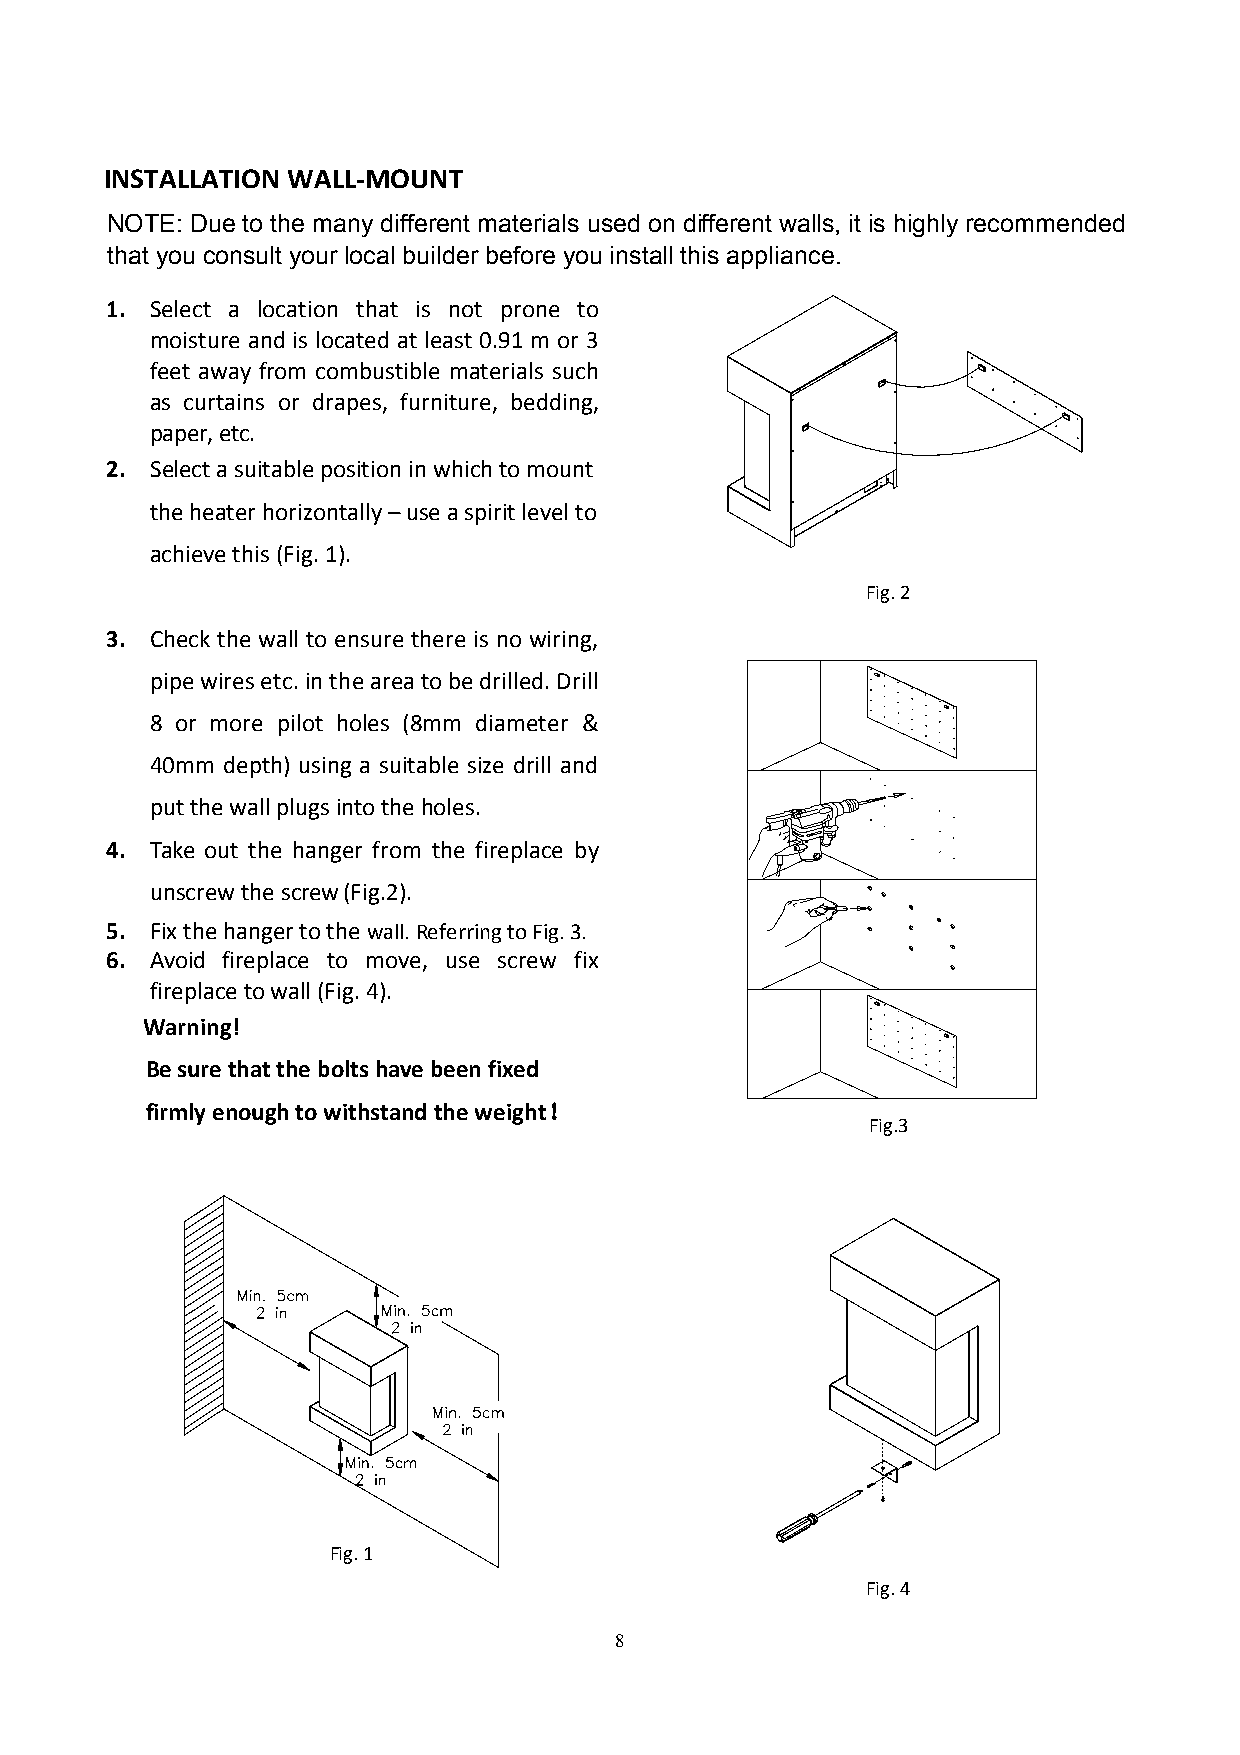
INSTALLATION WALL-MMOOUUNNTT
 NNNOOOTTTEEE::: DDDuuueee tttooo ttthhheee mmmaaannnyyy dddiiiffffffeeerrreeennnttt mmmaaattteeerrriiiaaalllsss uuussseeeddd ooonnn dddiiiffffffeeerrreeennnttt wwwaaallllllsss,,, iiittt iiisss hhhiiiggghhhlllyyy rrreeecccooommmmmmeeennndddeeeddd
 tthhaatt yyoouu ccoonnssuulltt yyoouurr llooccaall bbuuiillddeerr bbeeffoorree yyoouu iinnssttaallll tthhiiss aapppplliiaannccee..
 1. SSeelleecctt aa llooccaattiioonn tthhaatt iiss nnoott pprroonnee ttoo
 mmooiissttuurree aanndd iiss llooccaatteedd aatt lleeaasstt 00..9911 mm oorr 33
 feet away ffrroomm ccoommbbuussttiibbllee mmaatteerriiaallss ssuucchh
 aass ccuurrttaaiinnss oorr ddrraappeess,, ffuurrnniittuurree,, bbeeddddiinngg,,
 paper, etc.
 2. Seelleecctt aa ssuuiittaabbllee ppoossiittiioonn iinn wwhhiicch to mount
 the heater horizontally – uussee aa ssppiirriitt lleevveell ttoo
 achieve this (Fig. 1).
 FFiigg.. 22
 3. CChheecckk tthhee wwaallll ttoo eennssuurree tthheerree iiss nnoo wwiirriinngg,,
 pipe wires etc. iinn tthhee aarreeaa ttoo bbee ddrriilllleedd.. DDrriillll
 8 or more pilot hhoolleess ((88mmmm ddiiaammeetteerr &&
 4400mmmm ddeepptthh)) uussiinngg aa ssuuiittaabbllee ssiizzee ddrriillll aand
 put the wall plugs into the hhoolleess..
 4. Take oouutt tthhee hhaannggeerr ffrroomm tthhee ffiirreeppllaaccee bbyy
 unscrew the screw (Fig.2).
 5. Fix the hanger to the wall. RReeffeerrrriinngg ttoo FFiigg.. 33.
 6. Avoid ffiirreeppllaaccee ttoo mmoovvee,, uussee ssccrreeww ffiixx
 fireplace to wall (Fig. 4).
 Warning!
 Be sure that the bolts hhaavvee bbeeeenn ffiixxeedd
 ffiirrmmllyy eennoouugghh ttoo wwiitthhssttaanndd tthhee wweeiigghhtt！
 FFiigg..33
 Fig. 1
 FFiigg.. 44
 8